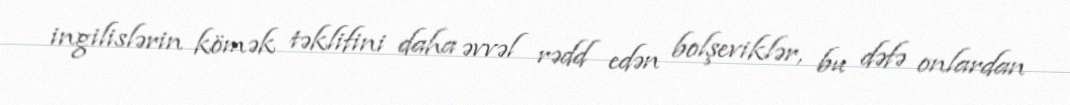
ingilislərin kömək təklifini daha əvvəl rədd edən bolşeviklər, bu dəfə onlardan